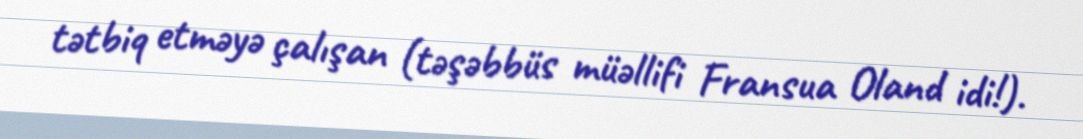
tətbiq etməyə çalışan (təşəbbüs müəllifi Fransua Oland idi!).